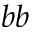
b b